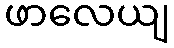
ဖာလေယျ